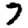
Digit: 7